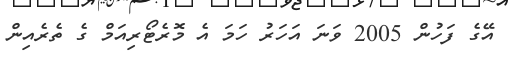
އޭގެ ފަހުން 2005 ވަނަ އަހަރު ހަމަ އެ މޮރެޓޯރިއަމް ގެ ތެރެއިން